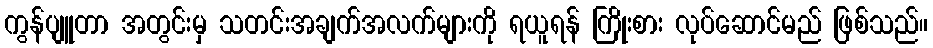
ကွန်ပျူတာ အတွင်းမှ သတင်းအချက်အလက်များကို ရယူရန် ကြိုးစား လုပ်ဆောင်မည် ဖြစ်သည်။